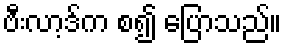
ဗီးလာ့ဒ်က စ၍ ပြောသည်။